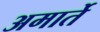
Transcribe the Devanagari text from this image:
अमार्ते